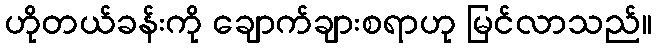
ဟိုတယ်ခန်းကို ချောက်ချားစရာဟု မြင်လာသည်။